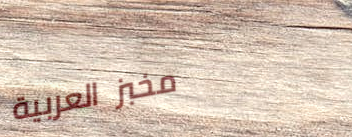
مخبز العربية